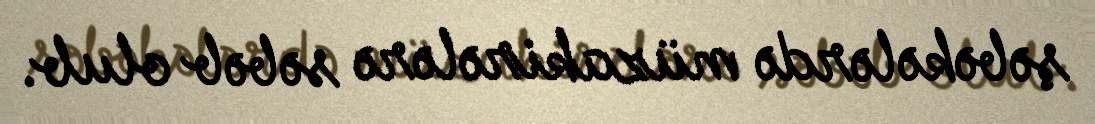
şəbəkələrdə müzakirələrə səbəb olub.